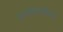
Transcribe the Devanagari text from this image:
धनसंपत्तीचा